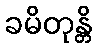
ခမိတုန္တိ